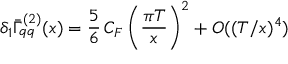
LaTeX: \delta _ { 1 } \bar { \Gamma } _ { q q } ^ { ( 2 ) } ( x ) = { \frac { 5 } { 6 } } \, C _ { F } \left( { \frac { \pi T } { x } } \right) ^ { 2 } + { \cal O } ( ( T / x ) ^ { 4 } )